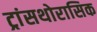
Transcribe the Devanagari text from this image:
ट्रांसथोरासिक